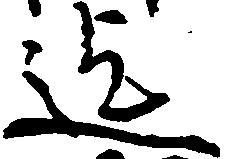
迄